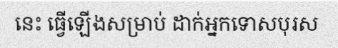
នេះ ធ្វើឡើងសម្រាប់ ដាក់អ្នកទោសបុរស